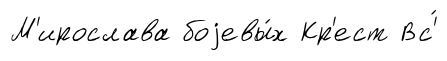
М'ирослава боjевы́х Кр'ест Вс'́